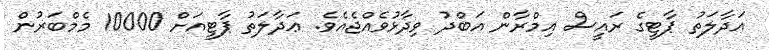
އަދާލަތު ޕާޓީގެ ރައީސް އިމްރާން އަބްދު ވިދާޅުވެއްޖެއެވެ. ޢަދާލަތު ޕާޓީއަށް 10000 މެމްބަރުން